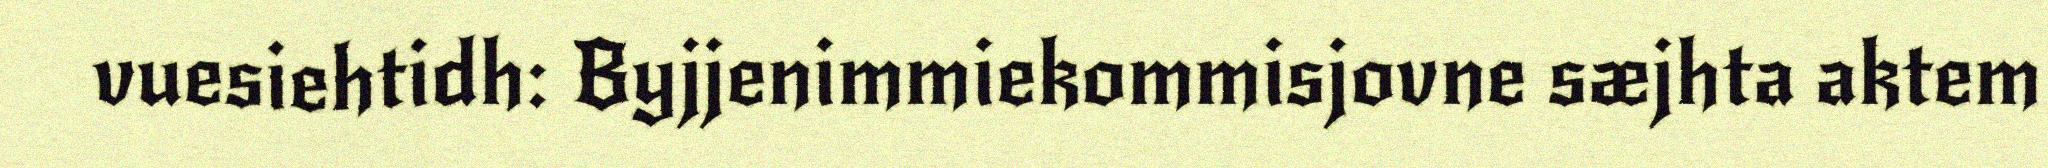
vuesiehtidh: Byjjenimmiekommisjovne sæjhta aktem